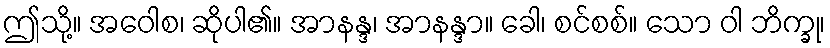
ဤသို့။ အဝေါစ၊ ဆိုပါ၏။ အာနန္ဒ၊ အာနန္ဒာ။ ခေါ၊ စင်စစ်။ သော ဝါ ဘိက္ခု၊